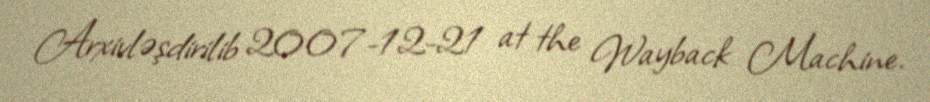
Arxivləşdirilib 2007-12-21 at the Wayback Machine.